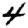
Digit: 4